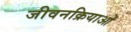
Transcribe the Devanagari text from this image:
जीवनक्रियाओं